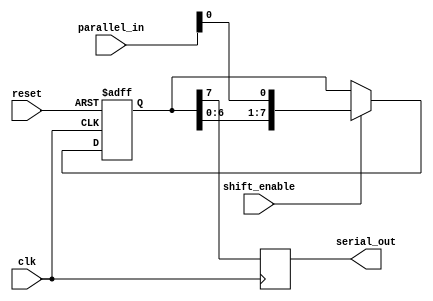
module piso_shift_register (
    input wire clk,
    input wire reset,
    input wire shift_enable,
    input wire [7:0] parallel_in,
    output reg serial_out
);

reg [7:0] internal_data;

always @ (posedge clk or posedge reset) begin
    if (reset) begin
        internal_data <= 8'b0;
    end else if (shift_enable) begin
        internal_data <= {internal_data[6:0], parallel_in[0]};
    end
end

always @ (posedge clk) begin
    serial_out <= internal_data[7];
end

endmodule